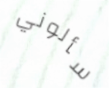
سألوني